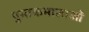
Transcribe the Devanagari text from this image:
पुस्तकमालाओं